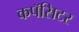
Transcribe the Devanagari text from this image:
कपॅसिटर